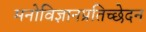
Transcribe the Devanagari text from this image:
मनोविज्ञानप्रतिच्छेदन